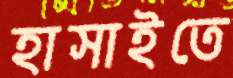
হাসাইতে